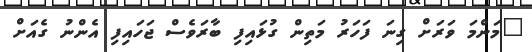
"މަންމަ ވަރަށް ގިނަ ފަހަރު މަތިން ގުޅައިފި ބާރަވެސް ޖަހައިފި އެންނު ގެއަށް